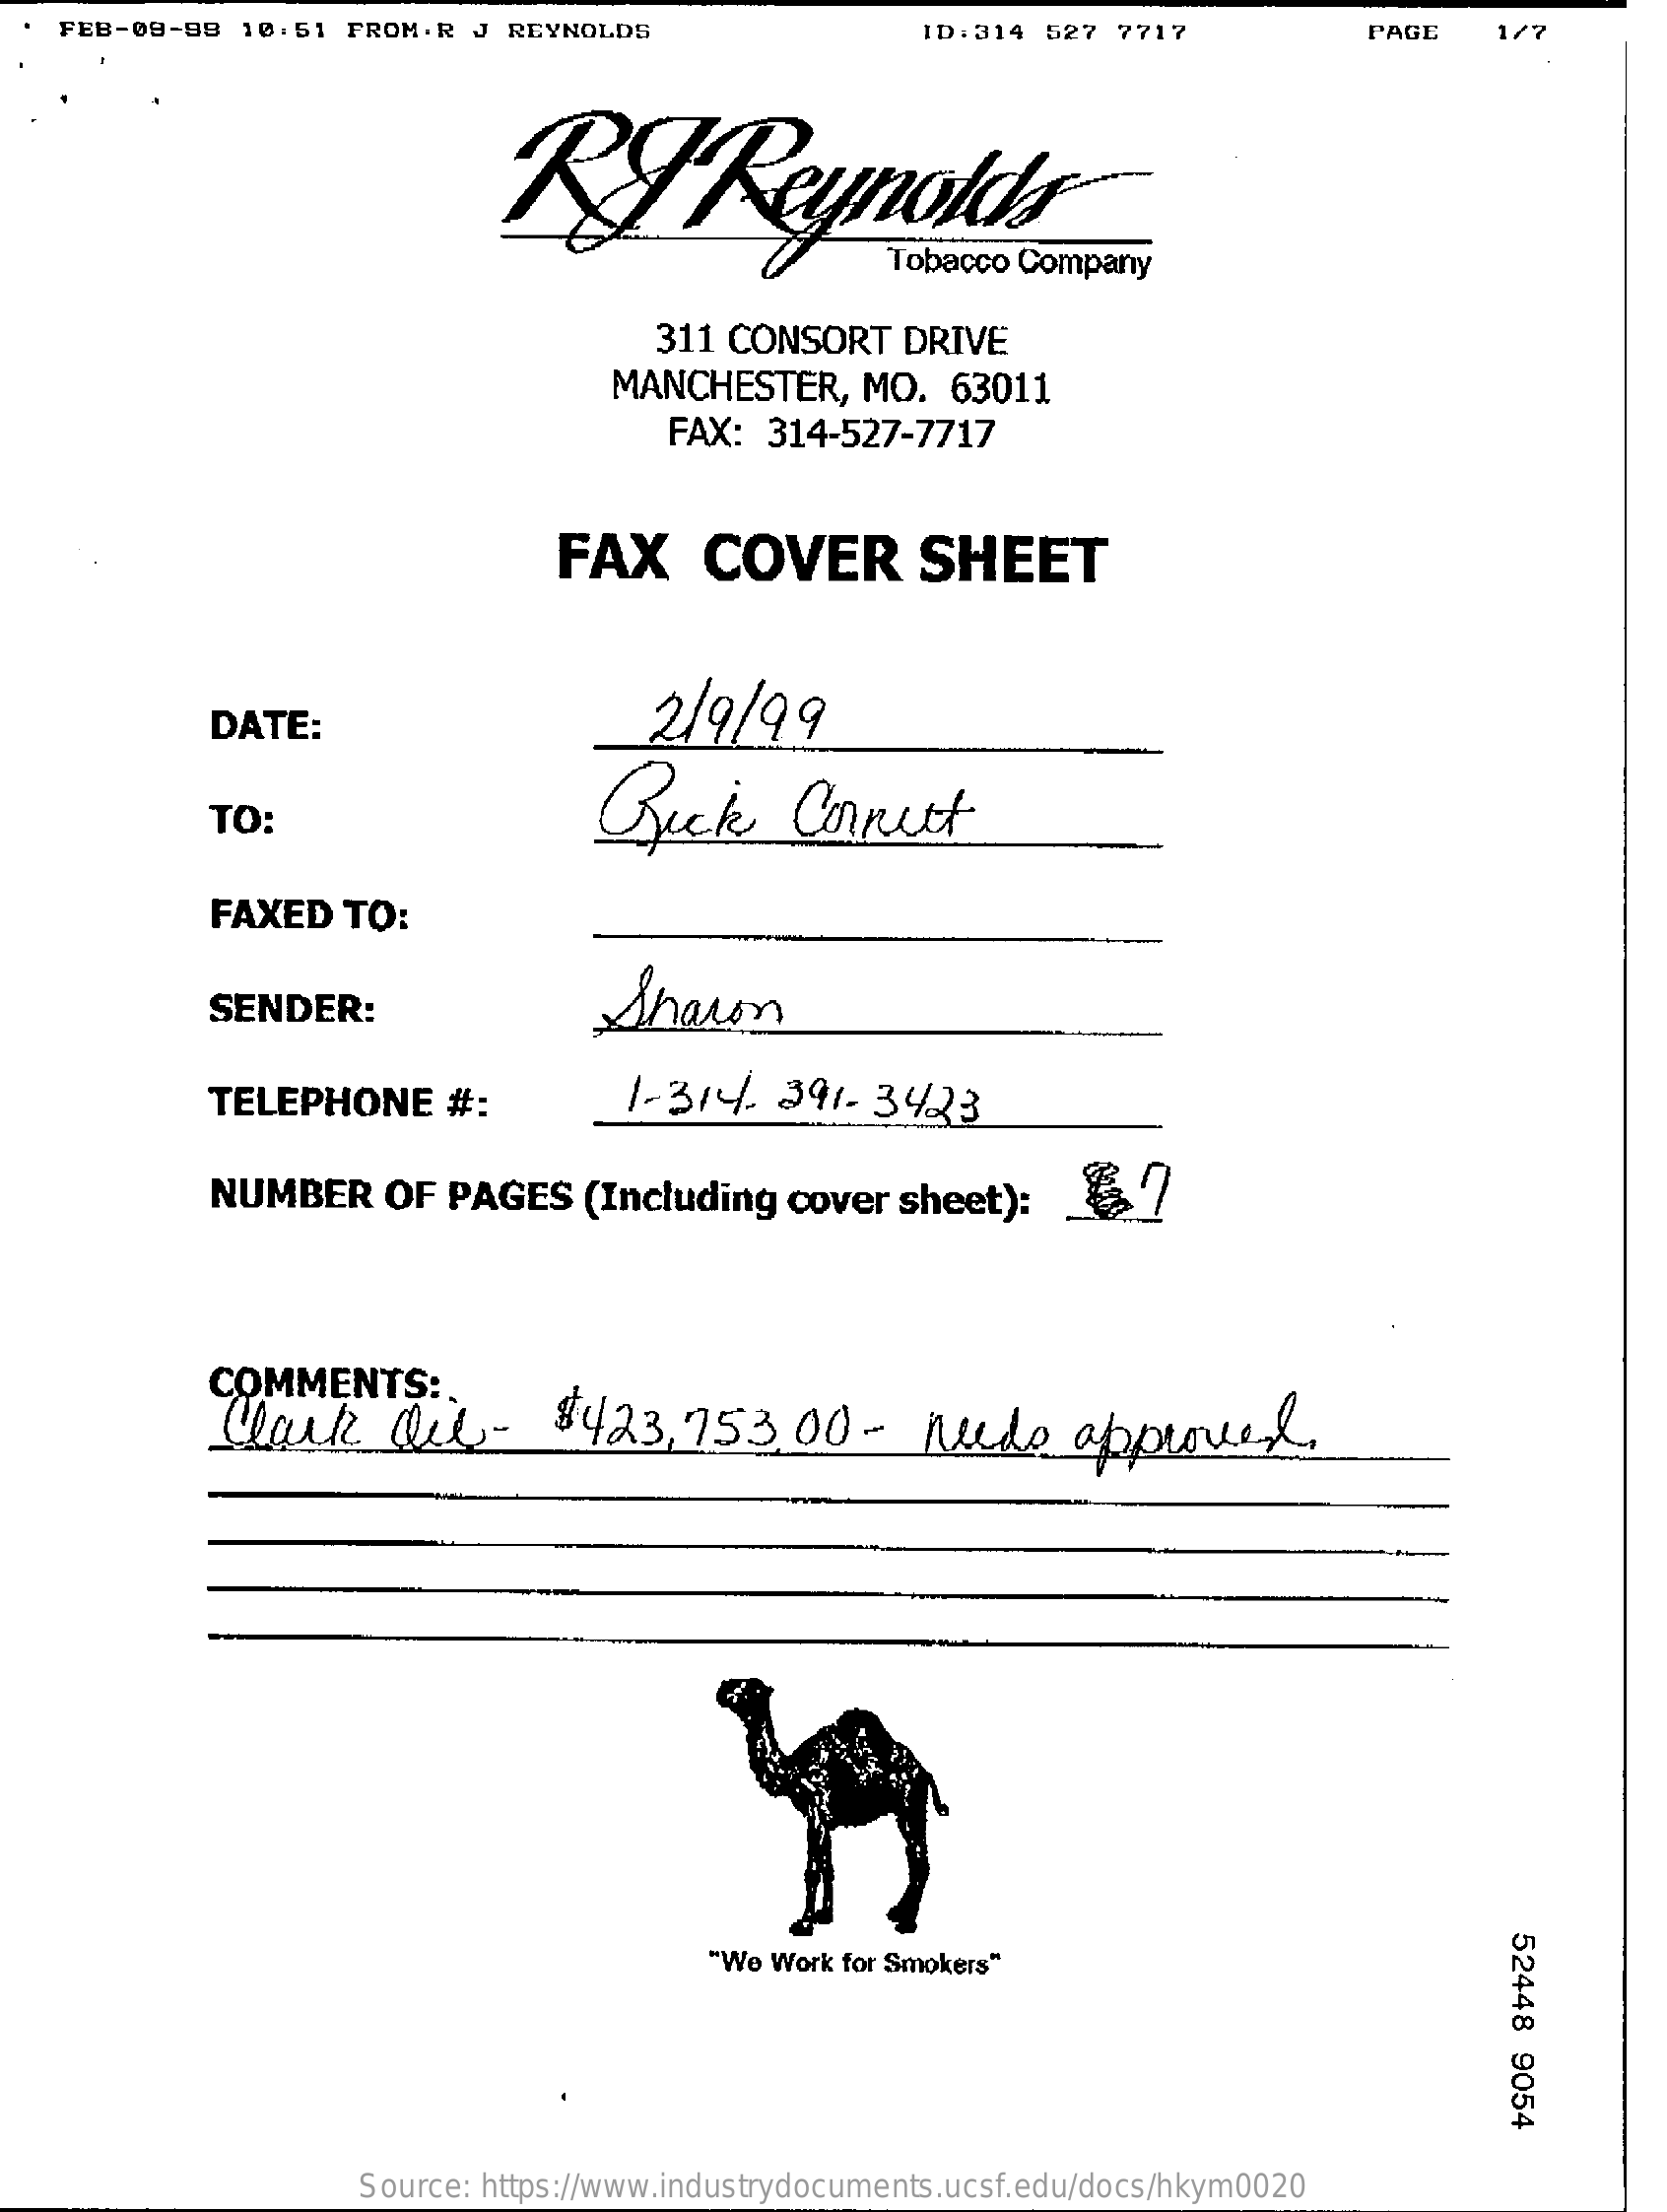
FEB-09-99  10:51  FROM:R  J REYNOLDS    ID:314 527  7717    PAGE    1/7
     RP'Reynolds
     311 CONSORT    DRIVE
     MANCHESTER,    MO.  63011
     FAX:  314-527-7717
     FAX    COVER    SHEET
     DATE:    2/9/99
     Buck    Connect TO:
     FAXED   TO:
     SENDER:    Sharon
     TELEPHONE    #:    1-314.  391-  3423
     NUMBER    OF  PAGES   (Including   cover  sheet):    67
     COMMENTS:
     Clark    Die-    $423,    753,00    -  nude    approved.
     52448
     9054
     "We Work for Smokers"
     Source: https://www.industrydocuments.ucsf.edu/docs/hkym0020